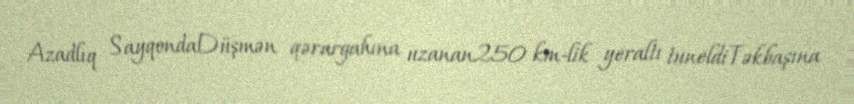
Azadlıq SayqondaDüşmən qərargahına uzanan250 km-lik yeraltı tuneldiTəkbaşına